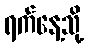
ရက်နေ့သို့